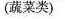
(蔬菜类)